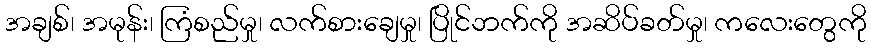
အချစ်၊ အမုန်း၊ ကြံစည်မှု၊ လက်စားချေမှု၊ ပြိုင်ဘက်ကို အဆိပ်ခတ်မှု၊ ကလေးတွေကို